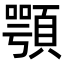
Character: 顎